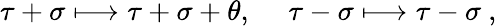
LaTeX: \tau+\sigma\longmapsto\tau+\sigma+\theta,\ \quad\tau-\sigma\longmapsto\tau-\sigma\ ,